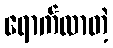
ရောက်လာတဲ့